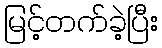
မြင့်တက်ခဲ့ပြီး